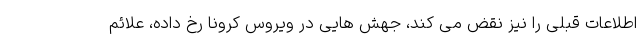
اطلاعات قبلی را نیز نقض می کند، جهش هایی در ویروس کرونا رخ داده، علائم